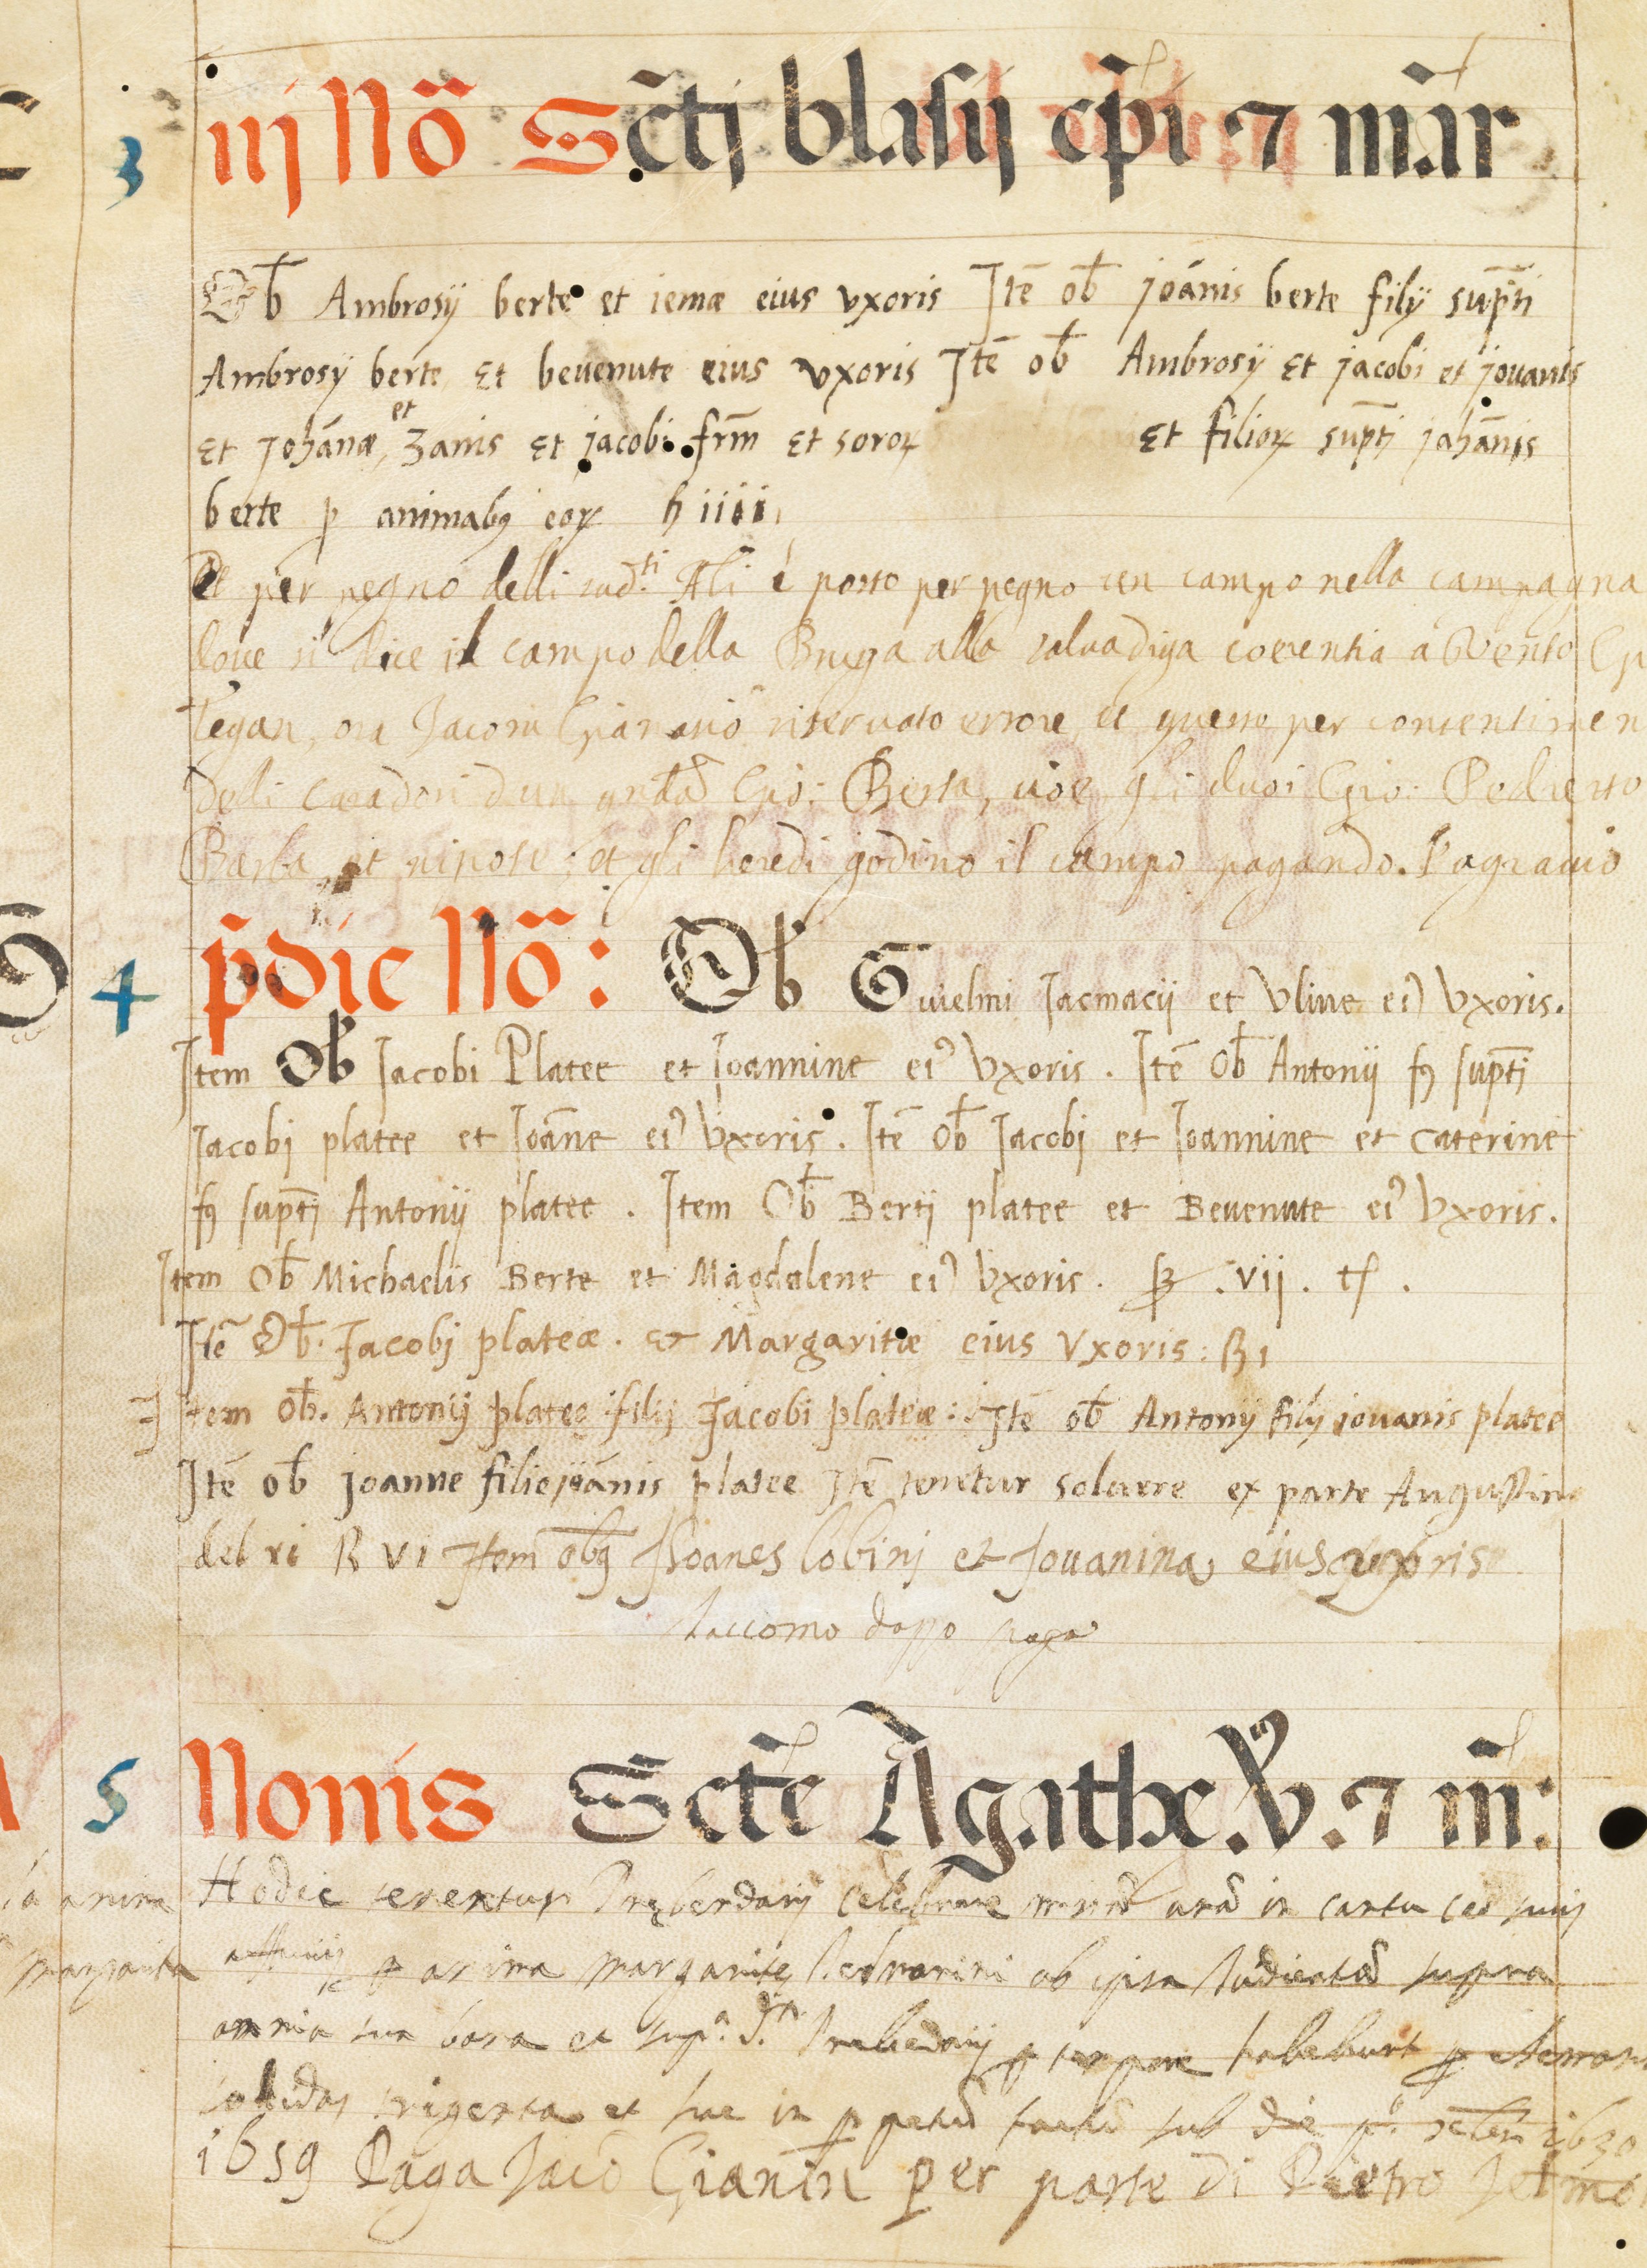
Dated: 1545–1555